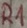
Text: R1